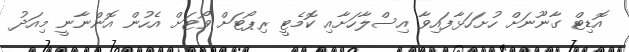
އޮޑިޓް ގާނޫނަށް ހުށަހަޅާފައިވާ އިސްލާހަށާއި ކޮމެޓީ ރިޕޯޓަށް ވޯޓަށް އެހުން އޮންނާނީ މިއަދު